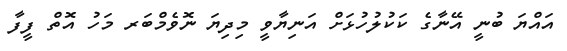
އައްޔަ ބުނީ އޭނާގެ ކަކުލުހުޅަށް އަނިޔާވީ މިިދިޔަ ނޮވެމްބަރ މަހު އޮތް ފީފާ